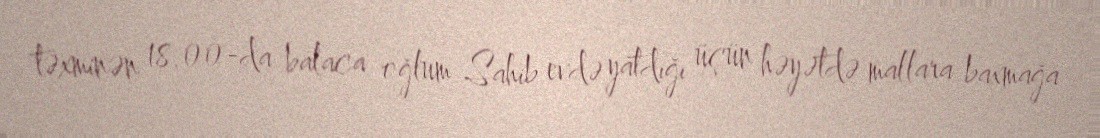
təxminən 18.00-da balaca oğlum Sahib evdə yatdığı üçün həyətdə mallara baxmağa